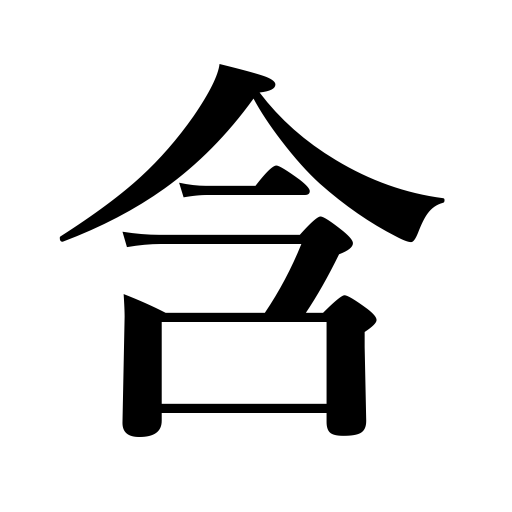
Meanings: be dripping with,contain,be charged or loaded with,include,bear in mind,be suffused with,understand,comprise,instruct,hold in the mouth,harbor,have,make one understand,hold,be full of,cherish,embrace